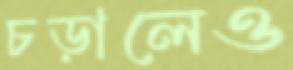
চড়ালেও